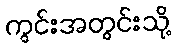
ကွင်းအတွင်းသို့